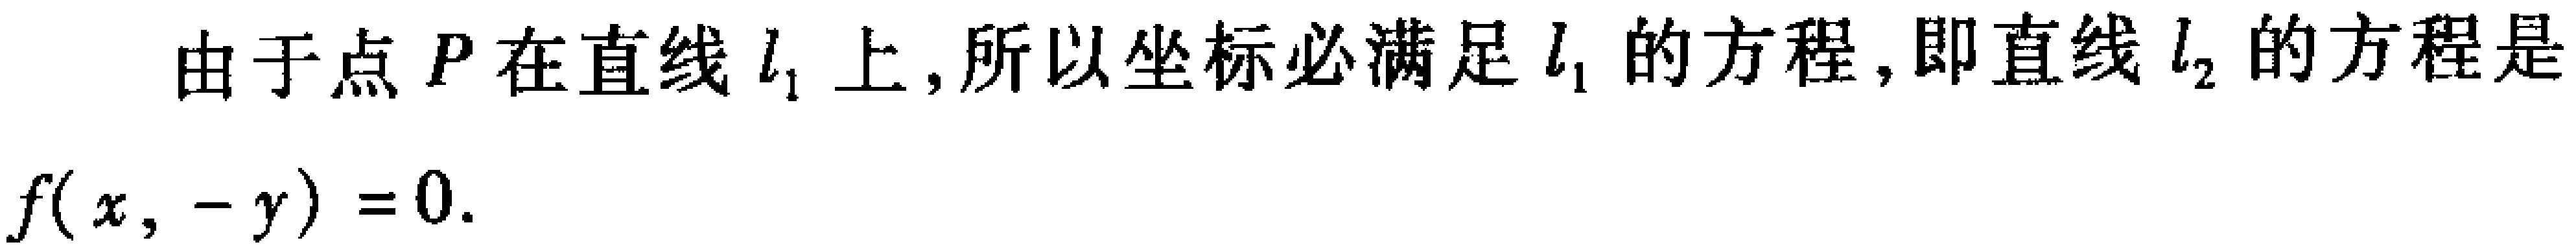
由于点 \(P\) 在直线 \(l_{1}\) 上,所以坐标必满足 \(l_{1}\) 的方程,即直线 \(l_{2}\) 的方程是
\[f(x, -y)=0.\]